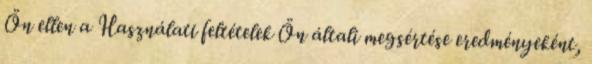
Ön ellen a Használati feltételek Ön általi megsértése eredményeként,